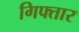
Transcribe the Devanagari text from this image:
गिफ्तार